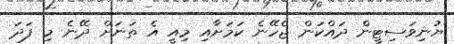
ޔުނިވަސިޓީން ދައްކަން ޖެހޭނެ ކަމަށާއި މިއީ އެ ތަނަށް ދޭނެ މި ފަދަ